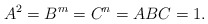
\begin{align*}A^2=B^m=C^n=ABC=1.\end{align*}